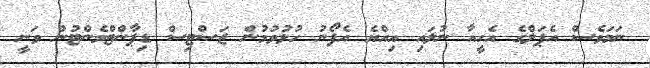
ނަމަވެސް އެޕަލްގެ އެހީއާ ނުލައި އިއްޔެ އެފޯނު ހުޅުވުމުން ޖަސްޓިސް ޑިޕާންޓްމެންޓުން ވަނީ